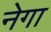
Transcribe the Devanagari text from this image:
नेगा